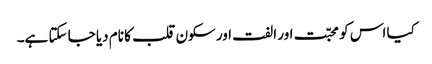
کیا اس کو محبّت اور الفت اور سکون قلب کا نام دیا جا سکتا ہے۔